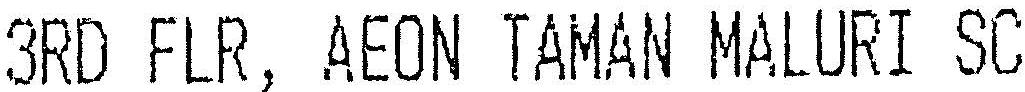
3RD FLR, AEON TAMAN MALURI SC